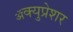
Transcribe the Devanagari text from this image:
ॲक्युप्रेशर